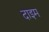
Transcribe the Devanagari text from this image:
दाइम